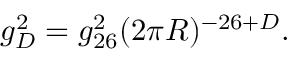
g _ { D } ^ { 2 } = g _ { 2 6 } ^ { 2 } ( 2 \pi R ) ^ { - 2 6 + D } .